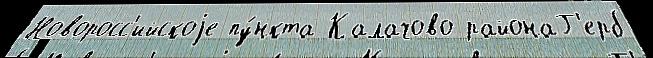
Новоросс'ийскоjе пу́нкта Калачово районаГ'ерб